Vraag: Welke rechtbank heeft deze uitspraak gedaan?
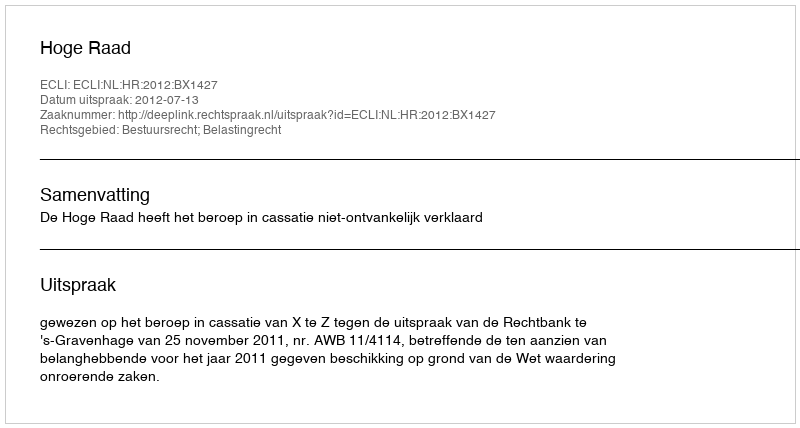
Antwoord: Hoge Raad